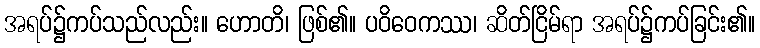
အရပ်၌ကပ်သည်လည်း။ ဟောတိ၊ ဖြစ်၏။ ပဝိဝေကဿ၊ ဆိတ်ငြိမ်ရာ အရပ်၌ကပ်ခြင်း၏။